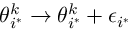
\theta _ { i ^ { * } } ^ { k } \rightarrow \theta _ { i ^ { * } } ^ { k } + \epsilon _ { i ^ { * } }